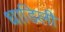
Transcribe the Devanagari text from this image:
धाडिली